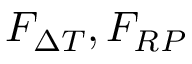
F _ { \Delta T } , F _ { R P }